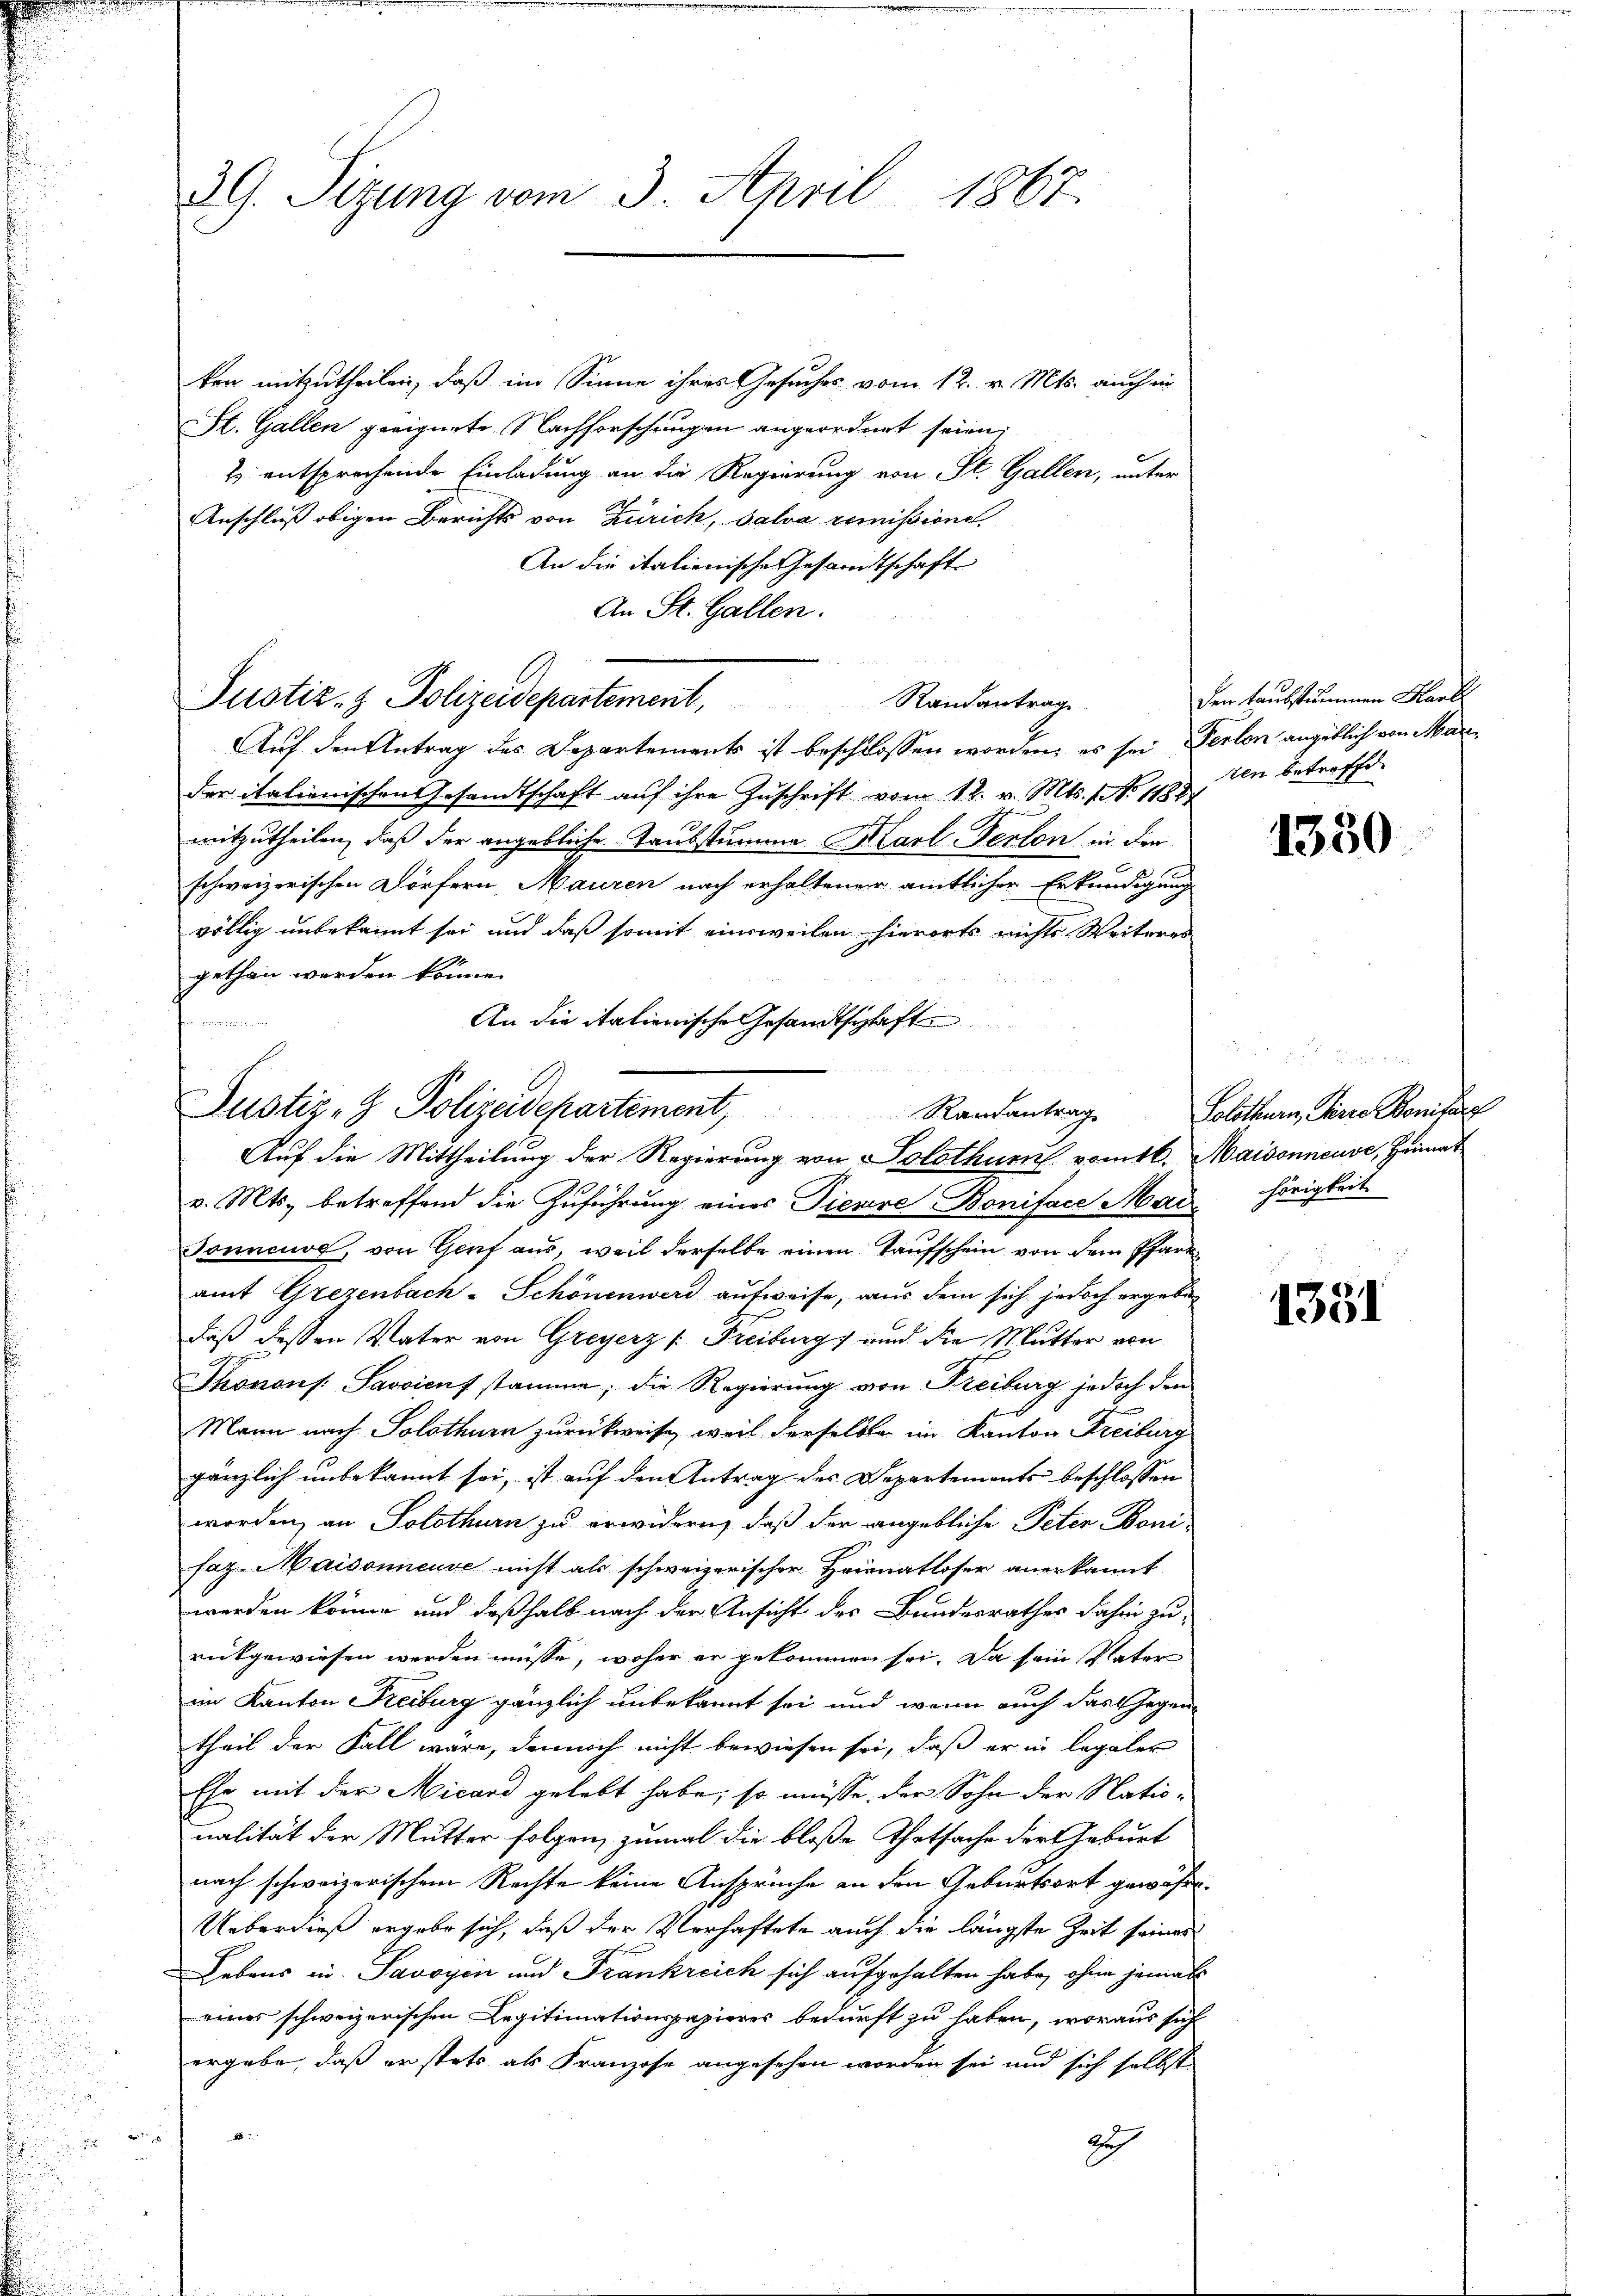
3G. Sizung vom 3. April 1867

ken mitzutheilen, daß im Sinne ihres Gesuches vom 12. v. Mts. auch in
St. Gallen geeignete Nachforschungen angeordnet seien;
t entsprechende Einladung an die Regierung von St. Gallen, unter
Anschluß obigen Berichts von Zürich, Salva remissione
An die italienische Gesamtschaft
An St. Gallen.
Justiz- & Polizeidepartement, Randantrag
Auf den Antrag des Departements ist beschlossen worden, es sei Perlon angeblich von Marder italionischen Gesandtschaft auf ihre Zuschrift vom 12. v. Mts. 1 No 1182
mitzutheilen, daß der angebliche Taubstumme Karl Ferton in den
schweizerischen Dörfern, Mauren nach erhaltener amtlicher Erkundigung
völlig unbekannt sei und daß somit einsweilen hierorts nichts Weiteres
gethan werden könne.
An die italienische Gesandtschaft

Justiz - Polizeidepartement, Randantrag. Solothurn, Herre Bonifarg
Auf die Mittheilung der Regierung von Solothurn vomtl. Maisonneuve, Heimat

v. Mts. betreffend die Zuführung eines Dienere Boniface Mai hörigkeit
Tonneuve, von Genf aus, weil derselbe einen Taufschein von dem Pfarramt Grezenbach-Schönenwerd aufweise, aus dem sich jedoch ergeben
daß dessen Vater von Greyerz /: Freiburg und die Mutter von
Thonons Savsicus stamme; die Regierung von Freiburg jedoch den
Mann nach Solothurn zurückweise, weil derselben im Kanton Freiburg
gänzlich unbekannt sei, ist auf den Antrag des Departements beschlossen
worden, an Solothurn zu erwidern, daß der angebliche Peter Boni-
faz. Maisonnense nicht als schweizerischer Heimatloser anerkannt
werden könne und deßhalb nach der Ansicht des Bundesrathes dahin zu-
rückgewiesen werden müsse, woher er gekommen sei. Da sein Vater
im Kanton Freiburg gänzlich unbekannt sei und wenn auch das Gegen-
theil der Fall wäre, dennoch nicht bewiesen sei, daß er in legaler
Ehe mit der Micard gelebt habe; so müsse der Sohn der Nationalität der Mutter folgen, zumal die bloße Thatsache der Geburt
nach schweizerischem Rechte keine Ansprüche an den Geburtsort gewöhn
Ueberdieß ergabe sich, daß der Verhaftete auch die längste Zeit seines
Lebens in Savoyen und Frankreich sich aufgehalten habe, ohne jemals
eines schweizerischen Legitimationspapieres bedurft zu haben, woraus sich
ergebe, daß er stets als Franzose angesehen worden sei und sich selbst
d
di

den taubstummen Mark
ten betreffe

1330

1331